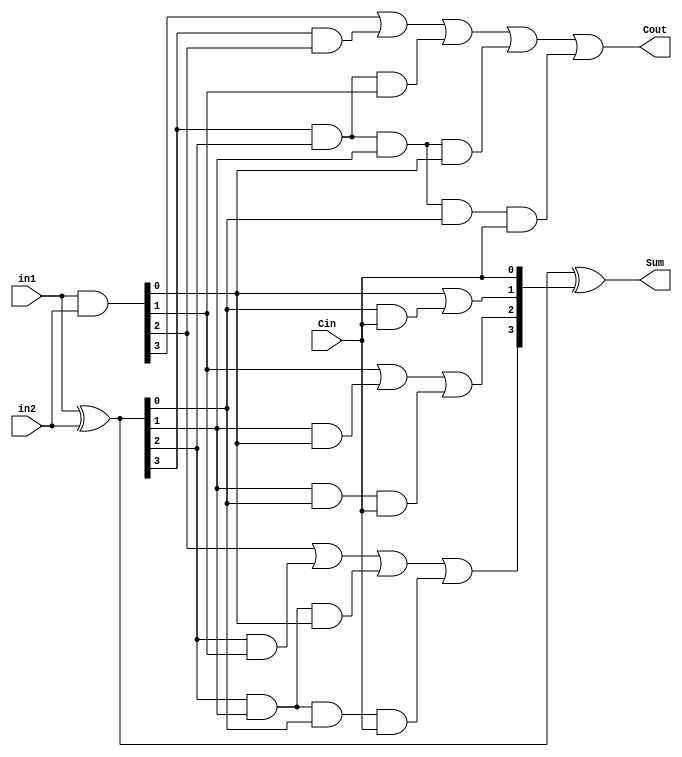
`timescale 1ns / 1ps
//////////////////////////////////////////////////////////////////////////////////
// Company: 
// Engineer: 
// 
// Design Name: 
// Module Name:    dgssdg 
// Project Name: 
// Target Devices: 
// Tool versions: 
// Description: 
//
// Dependencies: 
//
// Revision: 
// Revision 0.01 - File Created
// Additional Comments: 
//
//////////////////////////////////////////////////////////////////////////////////



////////////////////////////////////////////////////////
//4-bit Carry Look Ahead Adder 
////////////////////////////////////////////////////////
 
module CLA_4(in1,in2, Cin, Sum,Cout);
input [3:0] in1,in2;
input Cin;
output [3:0] Sum;
output Cout;
 
wire [3:0] Pr,Ge,Carry;
assign Ge=in1&in2; //Generator

assign Pr=in1^in2;//Propagattor
 
   assign Carry[0] = Cin;
    assign Carry[1] = (Ge[0]) |(Pr[0] & Carry[0]);
    assign Carry[2] = (Ge[1]) | (Pr[1] & Ge[0]) | (Pr[1] & Pr[0] & Carry[0]);
    assign Carry[3] = (Ge[2]) | (Pr[2] & Ge[1]) | (Pr[2] & Pr[1] & Ge[0]) |(Pr[2] & Pr[1] & Pr[0] & Carry[0]);
    assign Cout = (Ge[3]) | (Pr[3] & Ge[2]) | (Pr[3] & Pr[2] & Ge[1]) | 
	 (Pr[3] & Pr[2] & Pr[1] & Ge[0]) |(Pr[3] & Pr[2] & Pr[1] & Pr[0] & Carry[0]);
    assign Sum = Pr ^ Carry;
 
endmodule


module CLA_16(in1,in2, Cin, Sum,Cout);
input [15:0] in1,in2;
input Cin;
output [15:0] Sum;
output Cout;
wire C1,C2,C3;
 
CLA_4 carry_lha1 (.in1(in1[3:0]), .in2(in2[3:0]), .Cin(Cin), .Sum(Sum[3:0]), .Cout(C1));
CLA_4 carry_lha2 (.in1(in1[7:4]), .in2(in2[7:4]), .Cin(C1), .Sum(Sum[7:4]), .Cout(C2));
CLA_4 carry_1ha3(.in1(in1[11:8]), .in2(in2[11:8]), .Cin(C2), .Sum(Sum[11:8]), .Cout(C3));
CLA_4 carry_1ha4(.in1(in1[15:12]), .in2(in2[15:12]), .Cin(C3), .Sum(Sum[15:12]), .Cout(Cout));
 
endmodule